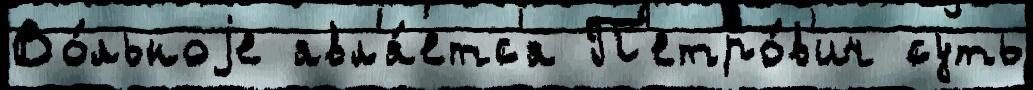
Во́льноjе явл'я́етс'я П'етро́в'ич суть